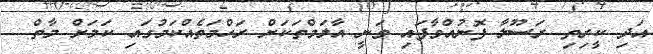
އަދި ކީރިތި ރަސޫލާ ފޮނުއްވާފައި ވަނީ އާލަމްތަކަށް ރަހްމަތެއްކަމުގައި ކަމަށް މާތް